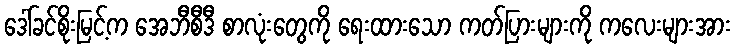
ဒေါ်ခင်စိုးမြင့်က အေဘီစီဒီ စာလုံးတွေကို ရေးထားသော ကတ်ပြားများကို ကလေးများအား